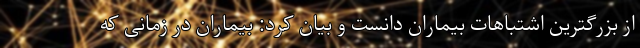
از بزرگترین اشتباهات بیماران دانست و بیان کرد: بیماران در زمانی که